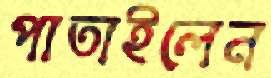
পাতাইলেন